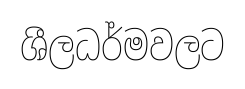
ශීලධර්මවලට